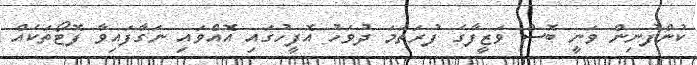
ކުންފުނިން ވަނީ ބޮސް ވަޒީފާގެ ފުރަތަމަ ދުވަހު އޮފީހުގައި އޮއްވައި ނަގާފައިވާ ފޮޓޯތަކެއް